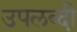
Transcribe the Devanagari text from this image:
उपलब्दी